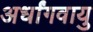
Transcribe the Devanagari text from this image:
अर्धांगवायु